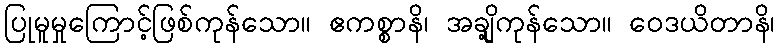
ပြုမူမှုကြောင့်ဖြစ်ကုန်သော။ ဧကစ္စာနိ၊ အချို့ကုန်သော။ ဝေဒယိတာနိ၊